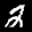
Label: 2